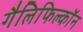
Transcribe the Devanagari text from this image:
गैलिफिल्कॉन